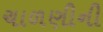
ચાળણીની